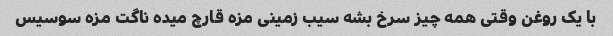
با یک روغن وقتی همه چیز سرخ بشه سیب زمینی مزه قارچ میده ناگت مزه سوسیس